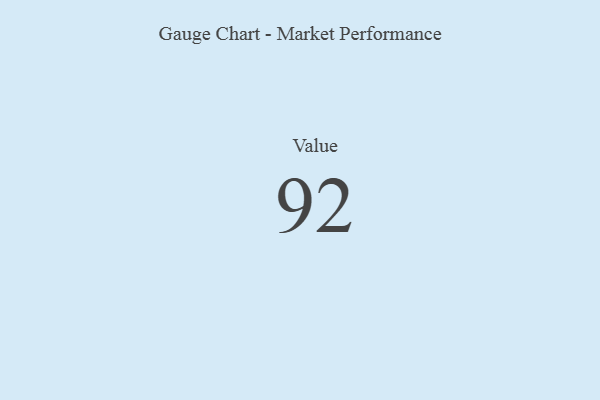
{"axis": {"x": "Metric", "y": "Value"}, "legend": [""], "data": [{"x": "Value", "y": 92, "type": ""}]}